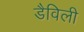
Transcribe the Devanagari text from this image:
डैविली